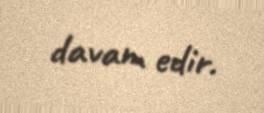
davam edir.